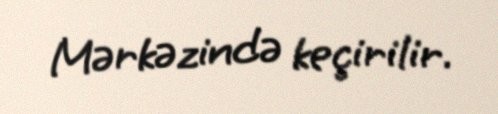
Mərkəzində keçirilir.